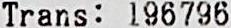
TRANS: 196796